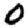
Digit: 0